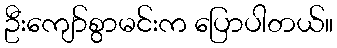
ဦးကျော်စွာမင်းက ပြောပါတယ်။